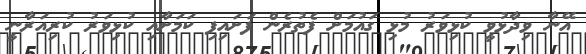
އޭނާ ވިދާޅުވީ ކުޅިވަރު މުޅި ގައުމަށް ފެތުރެން ފަށައިފި ކަމަށާއި ކުޅިވަރު ކުރިއަރާނީ